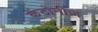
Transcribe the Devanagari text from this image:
केंटोनीज़